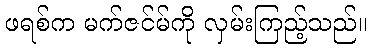
ဖရစ်က မက်ဇင်မ်ကို လှမ်းကြည့်သည်။